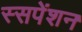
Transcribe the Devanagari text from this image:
स्सपेंशन